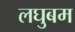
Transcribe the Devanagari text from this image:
लघुबम